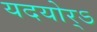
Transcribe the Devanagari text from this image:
यदयोर्ऽ